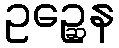
ဥဉ္ဆေန